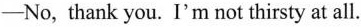
-No，thank you. I'm not thirsty at all.